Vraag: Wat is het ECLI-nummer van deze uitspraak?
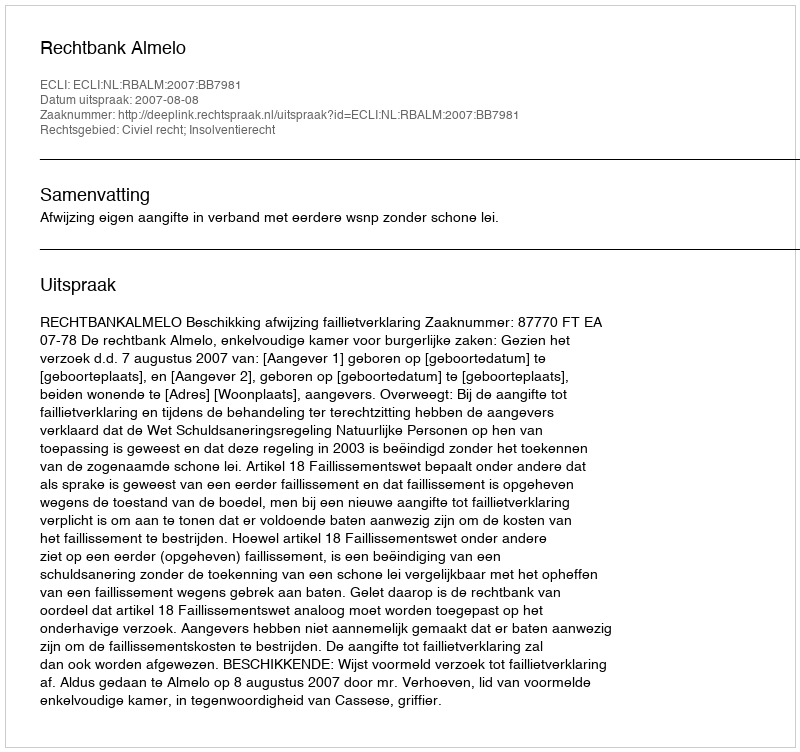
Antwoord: ECLI:NL:RBALM:2007:BB7981